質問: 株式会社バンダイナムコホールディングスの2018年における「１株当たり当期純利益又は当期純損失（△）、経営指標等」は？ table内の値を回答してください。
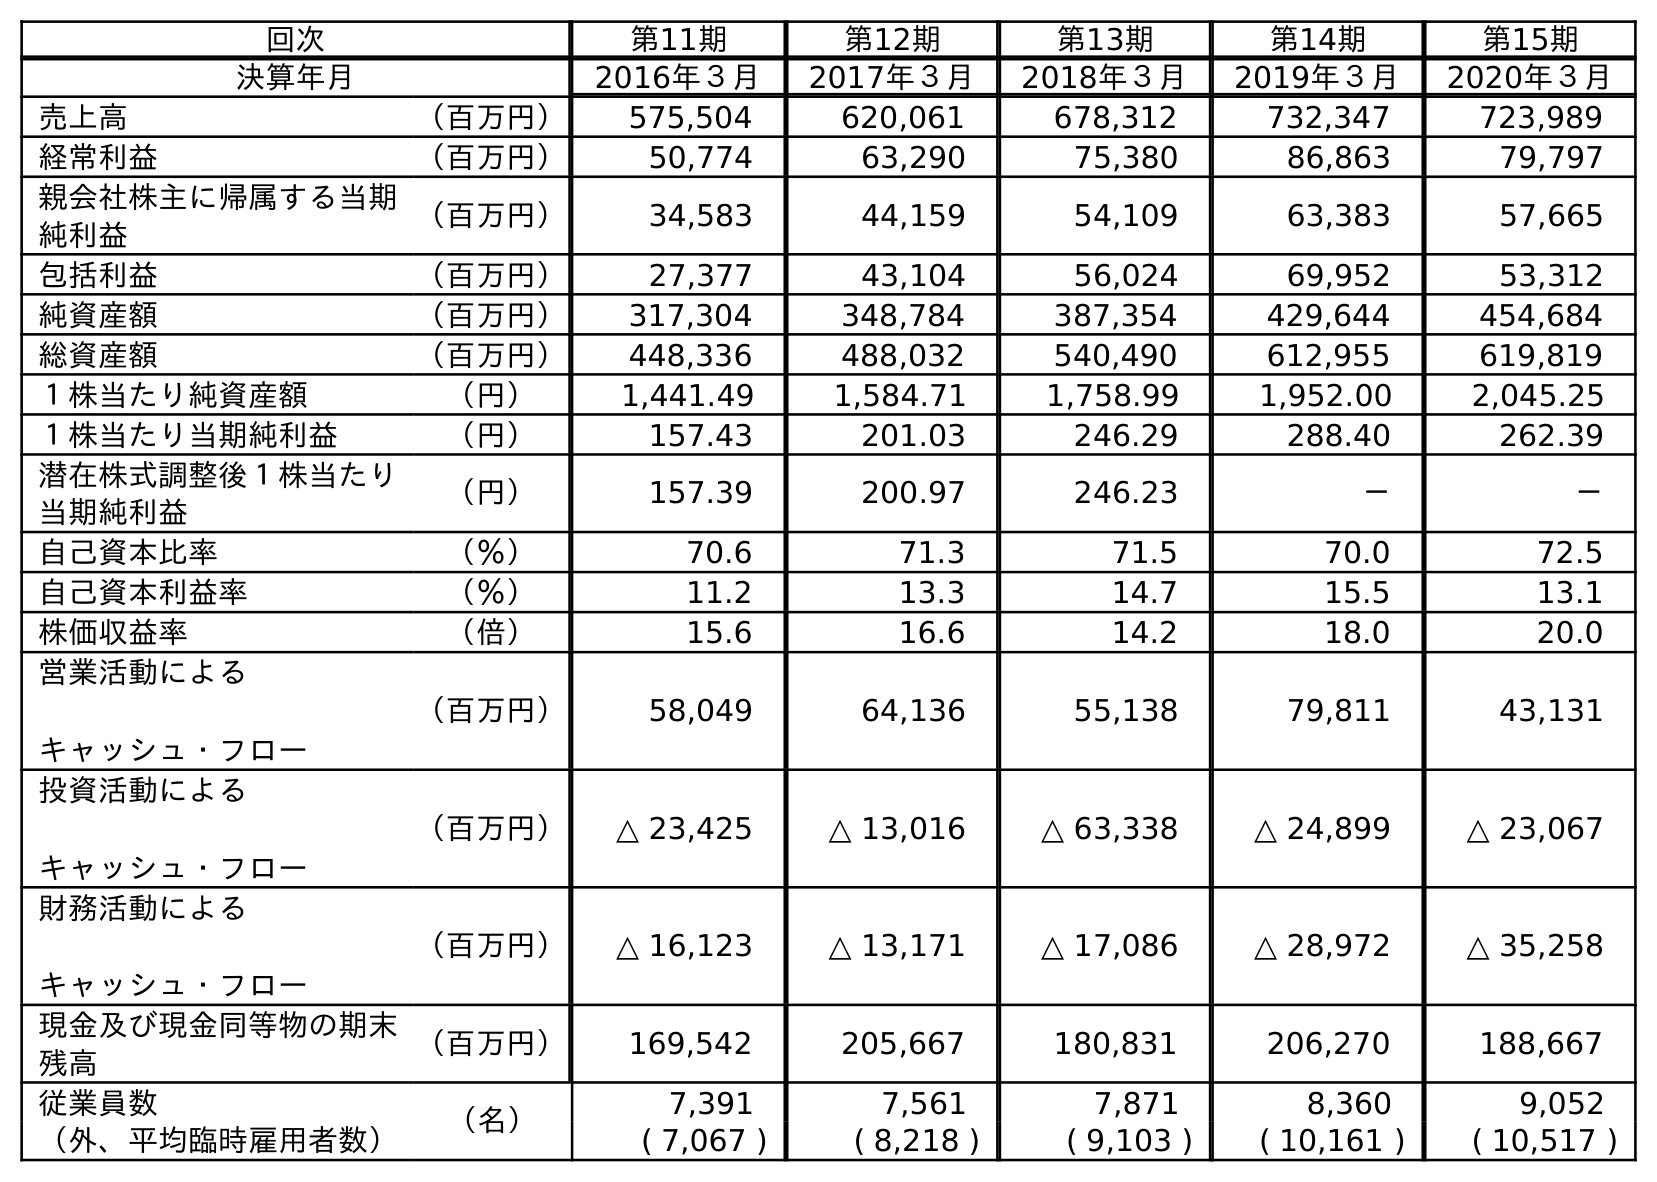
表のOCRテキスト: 回次 第11期 第12期 第13期 第14期 第15期 決算年月 2016年３月 2017年３月 2018年３月 2019年３月 2020年３月 売上高 （百万円） 575,504 620,061 678,312 732,347 723,989 経常利益 （百万円） 50,774 63,290 75,380 86,863 79,797 親会社株主に帰属する当期 純利益 （百万円） 34,583 44,159 54,109 63,383 57,665 包括利益 （百万円） 27,377 43,104 56,024 69,952 53,312 純資産額 （百万円） 317,304 348,784 387,354 429,644 454,684 総資産額 （百万円） 448,336 488,032 540,490 612,955 619,819 １株当たり純資産額 （円） 1,441.49 1,584.71 1,758.99 1,952.00 2,045.25 １株当たり当期純利益 （円） 157.43 201.03 246.29 288.40 262.39 潜在株式調整後１株当たり 当期純利益 （円） 157.39 200.97 246.23 － － 自己資本比率 （％） 70.6 71.3 71.5 70.0 72.5 自己資本利益率 （％） 11.2 13.3 14.7 15.5 13.1 株価収益率 （倍） 15.6 16.6 14.2 18.0 20.0 営業活動による キャッシュ・フロー （百万円） 58,049 64,136 55,138 79,811 43,131 投資活動による キャッシュ・フロー （百万円） △ 23,425 △ 13,016 △ 63,338 △ 24,899 △ 23,067 財務活動による キャッシュ・フロー （百万円） △ 16,123 △ 13,171 △ 17,086 △ 28,972 △ 35,258 現金及び現金同等物の期末 残高 （百万円） 169,542 205,667 180,831 206,270 188,667 従業員数 （名） 7,391 7,561 7,871 8,360 9,052 （外、平均臨時雇用者数） ( 7,067 ) ( 8,218 ) ( 9,103 ) ( 10,161 ) ( 10,517 )
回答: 246.29